Report on the Nagpur School of Medicine, Central Provinces
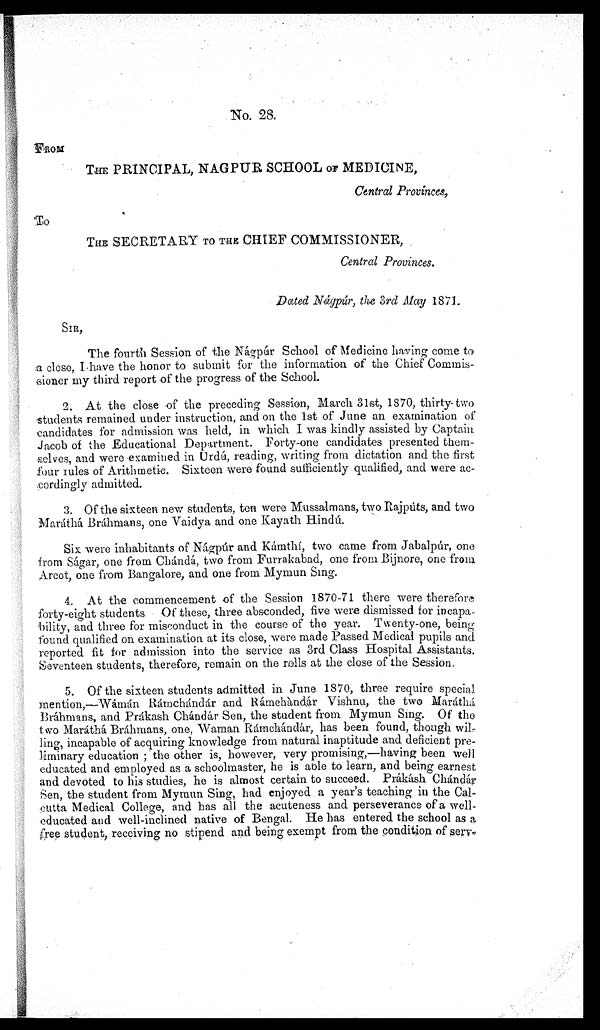
No. 28.
F R O M
THE PRINCIPAL, NAGPUR SCHOOL OF MEDICINE,
Central Provinces,
'To
THE SECRETARY TO THE CHIEF COMMISSIONER,
Central Provinces.
Dated Nágpúr, the 3rd May 1871.
SIR,
The fourth Session of the Nágpúr School of Medicine having come to
a close, I have the honor to submit for the information of the Chief
C o m m i s s i o n e r m y t h i r d r e p o r t o f t h e p r o g r e s s o f t h e S c h o o l .
2. At the close of the preceding Session, March 31st, 1870, thirty-two
students remained under instruction, and on the 1st of June an examination of
candidates for admission was held, in which I was kindly assisted by Captain
Jacob of the Educational Department. Forty-one candidates presented
t h e m - s e l v e s , a n d w e r e
. e x a m i n e d i n U r d ú , r e a d i n g , w r i t i n g f r o m d i c t a t i o n a n d t h e f i r s t
four rules of Arithmetic. Sixteen were found sufficiently qualified, and were
ac-cordingly admitted.
3. Of the sixteen new students, ten were Mussalmans, two Rajpúts, and two
Maráthá Bráhmans, one Vaidya and one Kayath Hindú.
Six were inhabitants of Nágpúr and Kámthí, two came from Jaba1púr, one
from Ságar, one from Chándá, two from Furrakabad, one from Bijnore, one from
Arcot, one from Bangalore, and one from Mymun Sing.
4. At the commencement of the Session 1870-71 there were therefore
forty-eight students Of these, three absconded, five were dismissed for incapa--
bility, and three for misconduct in the course of the year. Twenty-one, being
found qualified on examination at its close, were made Passed Medical pupils and
reported fit for admission into the service as 3rd Class Hospital Assistants.
Seventeen students, therefore, remain on the rolls at the close of the Session.
5. Of the sixteen students admitted in June 1870, three require special
mention,—Wámán Rámchándár and Rámchándár Vishnu, the two
M a r á t h á B r á h m a n s , a n d P r á k a s h C h á n d á r S e n , t h e s t u d e n t f r o m M y m u n S i n g . O f t h e
two Maráthá Bráhmans, one, Waman Rámchándár, has been found, though
w i l - l i n g , i n c a p a b l e o f a c q u i r i n g k n o w l e d g e f r o m n a t u r a l i n a p t i t u d e a n d d e f i c i e n t
p r e - l i m i n a r y e d u c a t i o n ; t h e o t h e r i s , h o w e v e r , v e r y p r o m i s i n g , — h a v i n g b e e n w e l l
educated and employed. as a schoolmaster, he is able to learn, and being earnest
and devoted to his studies, he is almost certain to succeed. Prákásh Chándár
Sen, the student from Mymun Sing, had enjoyed a year's teaching in the Cal-
cutta Medical College, and has all the acuteness and perseverance of a well-
educated and well-inclined native of Bengal. He has entered the school as a
free student, receiving no stipend and being exempt from the condition of serv-